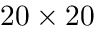
2 0 \times 2 0